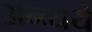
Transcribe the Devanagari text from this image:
अन्व्यये